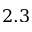
2 . 3